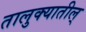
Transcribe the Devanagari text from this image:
तालुक्यातील्